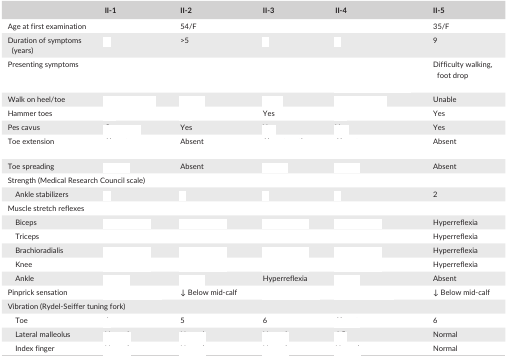
<table><thead><tr><td>[EMPTY_CELL]</td><td><b>II‐1</b></td><td><b>II‐2</b></td><td><b>II‐3</b></td><td><b>II‐4</b></td><td><b>II‐5</b></td></tr></thead><tbody><tr><td>Age at first examination</td><td>[EMPTY_CELL]</td><td>54/F</td><td>[EMPTY_CELL]</td><td>[EMPTY_CELL]</td><td>35/F</td></tr><tr><td>Duration of symptoms (years)</td><td>[EMPTY_CELL]</td><td>&gt;5</td><td>[EMPTY_CELL]</td><td>[EMPTY_CELL]</td><td>9</td></tr><tr><td>Presenting symptoms</td><td>[EMPTY_CELL]</td><td>[EMPTY_CELL]</td><td>[EMPTY_CELL]</td><td>[EMPTY_CELL]</td><td>Difficulty walking, foot drop</td></tr><tr><td>Walk on heel/toe</td><td>[EMPTY_CELL]</td><td>[EMPTY_CELL]</td><td>[EMPTY_CELL]</td><td>[EMPTY_CELL]</td><td>Unable</td></tr><tr><td>Hammer toes</td><td>[EMPTY_CELL]</td><td>[EMPTY_CELL]</td><td>Yes</td><td>[EMPTY_CELL]</td><td>Yes</td></tr><tr><td>Pes cavus</td><td>[EMPTY_CELL]</td><td>Yes</td><td>[EMPTY_CELL]</td><td>[EMPTY_CELL]</td><td>Yes</td></tr><tr><td>Toe extension</td><td>[EMPTY_CELL]</td><td>Absent</td><td>[EMPTY_CELL]</td><td>[EMPTY_CELL]</td><td>Absent</td></tr><tr><td>Toe spreading</td><td>[EMPTY_CELL]</td><td>Absent</td><td>[EMPTY_CELL]</td><td>[EMPTY_CELL]</td><td>Absent</td></tr><tr><td colspan="6">Strength (Medical Research Council scale)</td></tr><tr><td>Ankle stabilizers</td><td>[EMPTY_CELL]</td><td>[EMPTY_CELL]</td><td>[EMPTY_CELL]</td><td>[EMPTY_CELL]</td><td>2</td></tr><tr><td colspan="6">Muscle stretch reflexes</td></tr><tr><td>Biceps</td><td>[EMPTY_CELL]</td><td>[EMPTY_CELL]</td><td>[EMPTY_CELL]</td><td>[EMPTY_CELL]</td><td>Hyperreflexia</td></tr><tr><td>Triceps</td><td>[EMPTY_CELL]</td><td>[EMPTY_CELL]</td><td>[EMPTY_CELL]</td><td>[EMPTY_CELL]</td><td>Hyperreflexia</td></tr><tr><td>Brachioradialis</td><td>[EMPTY_CELL]</td><td>[EMPTY_CELL]</td><td>[EMPTY_CELL]</td><td>[EMPTY_CELL]</td><td>Hyperreflexia</td></tr><tr><td>Knee</td><td>[EMPTY_CELL]</td><td>[EMPTY_CELL]</td><td>[EMPTY_CELL]</td><td>[EMPTY_CELL]</td><td>Hyperreflexia</td></tr><tr><td>Ankle</td><td>[EMPTY_CELL]</td><td>[EMPTY_CELL]</td><td>Hyperreflexia</td><td>[EMPTY_CELL]</td><td>Absent</td></tr><tr><td>Pinprick sensation</td><td>[EMPTY_CELL]</td><td>↓ Below mid‐calf</td><td>[EMPTY_CELL]</td><td>[EMPTY_CELL]</td><td>↓ Below mid‐calf</td></tr><tr><td colspan="6">Vibration (Rydel‐Seiffer tuning fork)</td></tr><tr><td>Toe</td><td>[EMPTY_CELL]</td><td>5</td><td>6</td><td>[EMPTY_CELL]</td><td>6</td></tr><tr><td>Lateral malleolus</td><td>[EMPTY_CELL]</td><td>[EMPTY_CELL]</td><td>[EMPTY_CELL]</td><td>[EMPTY_CELL]</td><td>Normal</td></tr><tr><td>Index finger</td><td>[EMPTY_CELL]</td><td>[EMPTY_CELL]</td><td>[EMPTY_CELL]</td><td>[EMPTY_CELL]</td><td>Normal</td></tr></tbody></table>